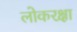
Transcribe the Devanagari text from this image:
लोकरक्षा